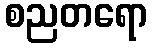
စညတရော